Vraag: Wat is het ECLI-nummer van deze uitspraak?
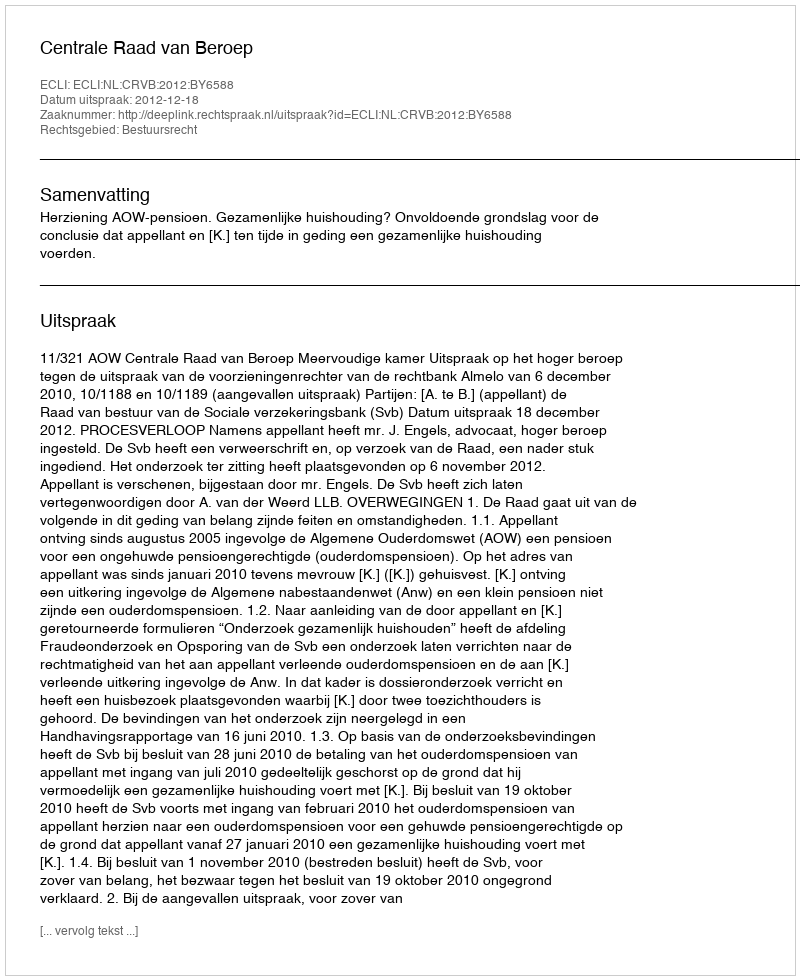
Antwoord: ECLI:NL:CRVB:2012:BY6588